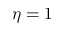
\eta = 1